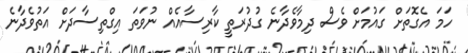
ހަމަ އެގޮތަށް ގައުމަށް ވެސް ދިމާވެދާނެ ގުދުރަތީ ކާރިސާއެއް ނުވަތަ އިގްތިސާދަށް އަތުވެދާނެ